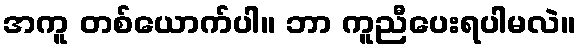
အကူ တစ်ယောက်ပါ။ ဘာ ကူညီပေးရပါမလဲ။